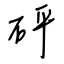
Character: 砰